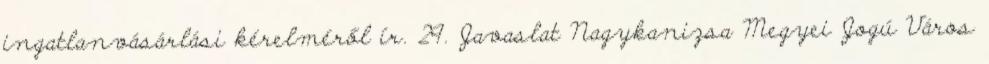
ingatlanvásárlási kérelméről ír. 29. Javaslat Nagykanizsa Megyei Jogú Város